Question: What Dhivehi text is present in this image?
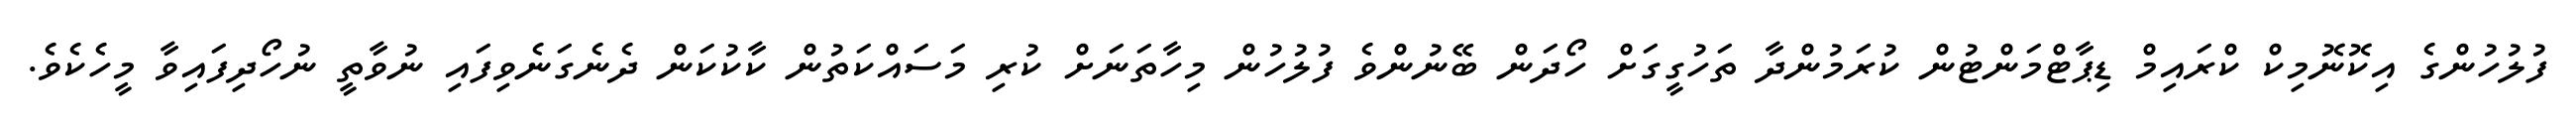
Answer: ފުލުހުންގެ އިކޮނޮމިކް ކްރައިމް ޑިޕާޓްމަންޓުން ކުރަމުންދާ ތަހުގީގަށް ހޯދަން ބޭނުންވެ ފުލުހުން މިހާތަނަށް ކުރި މަސައްކަތުން ކާކުކަން ދެނެގަނެވިފައި ނުވާތީ ނުހޯދިފައިވާ މީހެކެވެ.